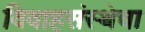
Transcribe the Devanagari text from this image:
विवाहसंस्थेचा